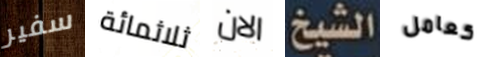
سفير ثلاثمائة الان الشيخ كعامل